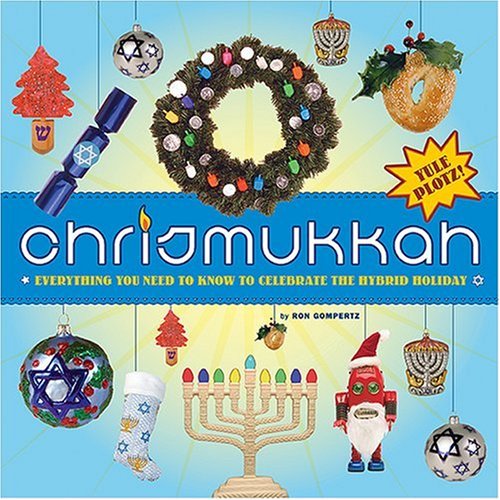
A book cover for Chrismukkah: Everything You Need to Know to Celebrate the Hybrid Holiday; Ron Gompertz; Cookbooks, Food & Wine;